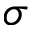
\sigma